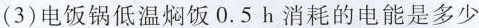
(3)电饭锅低温焖饭 0.5 h 消耗的电能是多少